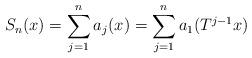
LaTeX: \begin{align*}S_n(x)= \sum_{j=1}^n a_j(x)= \sum_{j=1}^n a_1(T^{j-1}x)\end{align*}